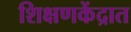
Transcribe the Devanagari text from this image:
शिक्षणकेंद्रात